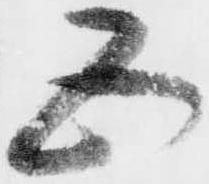
五